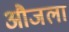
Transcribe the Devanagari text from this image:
औजला